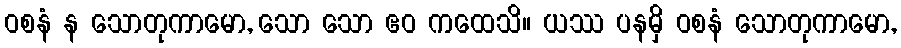
ဝစနံ န သောတုကာမော, သော သော ဧဝ ကထေသိ။ ယဿ ပနမှိ ဝစနံ သောတုကာမော,